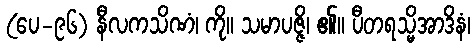
(ပေ-၉၆) နီလကသိဏံ၊ ကို။ သမာပဇ္ဇိ၊ ၏။ ပီတရသ္မိအာဒိနံ၊